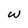
Character: w